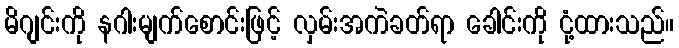
မိဂျင်းကို နဂါးမျက်စောင်းဖြင့် လှမ်းအကဲခတ်ရာ ခေါင်းကို ငုံ့ထားသည်။